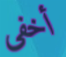
أخفي